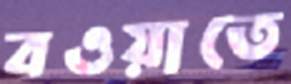
বওয়াতে